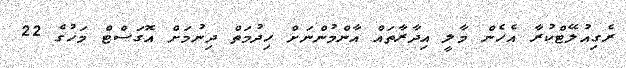
ރެގިއުލޭޓްކުރާ އެހެން މާލީ އިދާރާތައް އާންމުންނަށް ހިދުމަތް ދިނުމަށް އޮގަސްޓް މަހުގެ 22